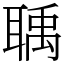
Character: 聥